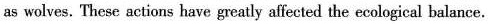
as wolves. Thesc actions have greatly affected the ecological balance.